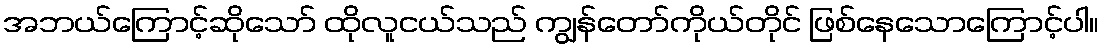
အဘယ်ကြောင့်ဆိုသော် ထိုလူငယ်သည် ကျွန်တော်ကိုယ်တိုင် ဖြစ်နေသောကြောင့်ပါ။